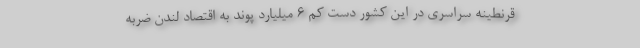
قرنطینه سراسری در این کشور دست کم ۶ میلیارد پوند به اقتصاد لندن ضربه